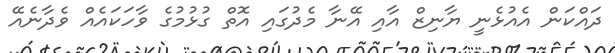
ދައްކަން އެއުޅެނީ ޔާނިޒް އާއި އޭނާ މެދުގައި އޮތް ގުޅުމުގެ ވާހަކައެއް ވެދާނެއޭ